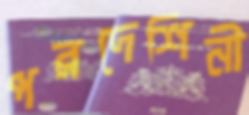
পরদেশিনী